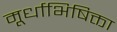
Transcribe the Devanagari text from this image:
मूर्धाभिषिक्ता